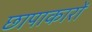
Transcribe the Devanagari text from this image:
छापाकारों